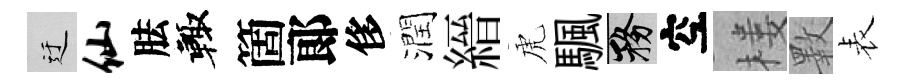
迂仙胠輙箇郞侈潤縉虎颿務空楼斁表